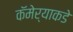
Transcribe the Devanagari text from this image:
कॅमेर्‍याकडे